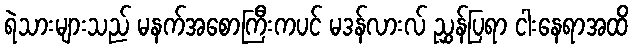
ရဲသားများသည် မနက်အစောကြီးကပင် မဒန်လားလ် ညွှန်ပြရာ ငါးနေရာအထိ